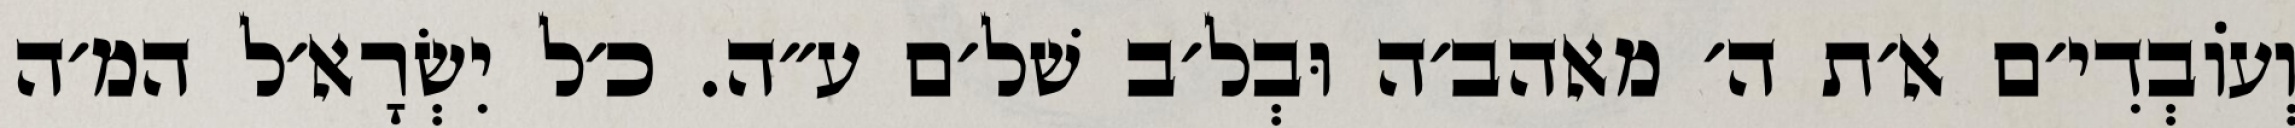
וְעוֹבְדִי׳ם א׳ת ה׳ מאהב׳ה וּבְל׳ב שׁל׳ם ע״ה. כ׳ל יִשְׂרָא׳ל המ׳ה